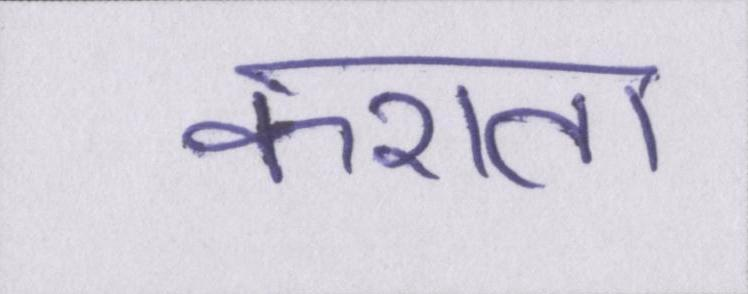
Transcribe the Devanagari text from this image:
कराता